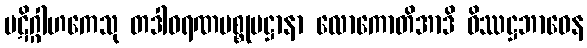
ပဋိဂ္ဂါဟကေသု တဒါဝရဏပစ္စုပဋ္ဌာနာ လောကောတိအာဒိ ဝိဿဋ္ဌဘာဝေန